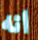
انه